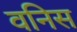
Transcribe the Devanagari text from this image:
वनिस